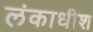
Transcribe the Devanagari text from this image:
लंकाधीश